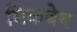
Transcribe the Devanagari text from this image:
मिकबेथ